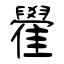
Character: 雤